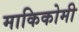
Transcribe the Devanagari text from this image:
माकिकोमी